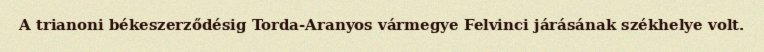
A trianoni békeszerződésig Torda-Aranyos vármegye Felvinci járásának székhelye volt.